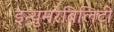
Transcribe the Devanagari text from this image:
इन्युमरेबिलिटी